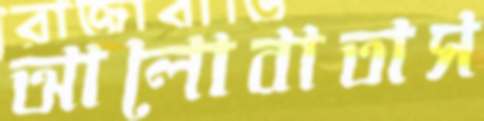
আলোবাতাস